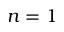
n = 1